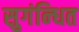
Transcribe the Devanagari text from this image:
सुगंन्‍धित